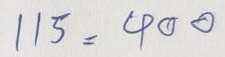
115 = 400